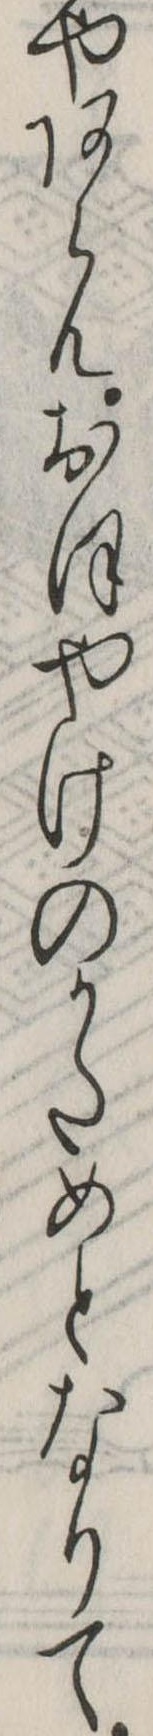
やあらんおほやけのかためとなりて